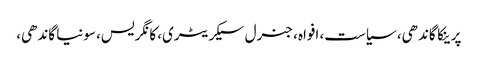
پرینکا گاندھی، سیاست، افواہ، جنرل سیکریٹری، کانگریس، سونیا گاندھی،